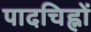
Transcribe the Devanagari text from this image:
पादचिह्नों